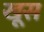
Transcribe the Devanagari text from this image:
खूस